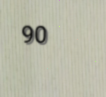
90